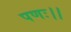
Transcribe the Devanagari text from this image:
पणः।।